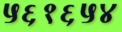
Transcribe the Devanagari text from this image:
५६१६५४